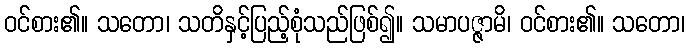
ဝင်စား၏။ သတော၊ သတိနှင့်ပြည့်စုံသည်ဖြစ်၍။ သမာပဇ္ဇာမိ၊ ဝင်စား၏။ သတော၊